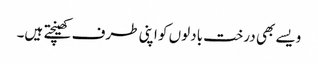
ویسے بھی درخت بادلوں کو اپنی طرف کھینچتے ہیں۔